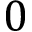
0